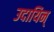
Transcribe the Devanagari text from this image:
उदायिन्